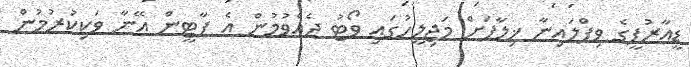
ޑީއާރުޕީގެ ވިޕްލައިނާ ޚިލާފަށް މަޖިލީހުގައި ވޯޓު ދެއްވުމުން އެ ޕާޓީން އޭނާ ވަކިކުރުމުން